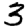
Digit: 3